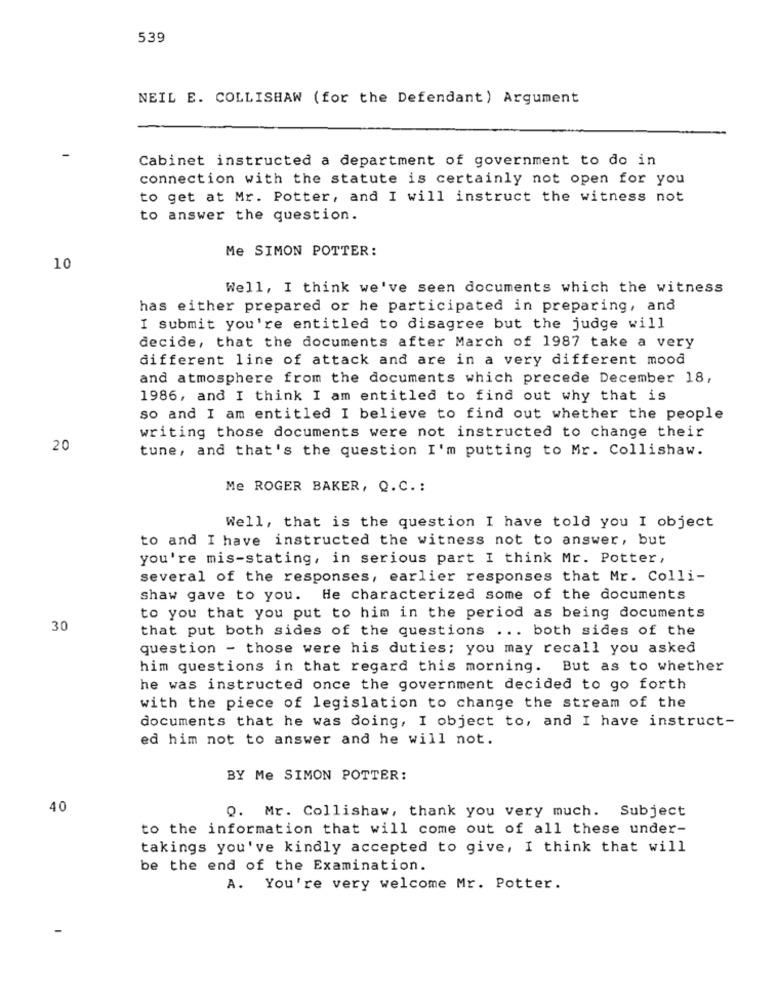
539
NEIL E. COLLISHAW (for the Defendant) Argument
Cabinet instructed a department of government to do in
connection with the statute is certainly not open for you
to get at Mr. Potter, and I will instruct the witness not
to answer the question.
Me SIMON POTTER:
10
Well, I think we've seen documents which the witness
has either prepared or he participated in preparing, and
I submit you're entitled to disagree but the judge will
decide, that the documents after March of 1987 take a very
different line of attack and are in a very different mood
and atmosphere from the documents which precede December 18,
1986, and I think I am entitled to find out why that is
so and I am entitled I believe to find out whether the people
writing those documents were not instructed to change their
20
tune, and that's the question I'm putting to Mr. Collishaw.
Me ROGER BAKER, Q.C .:
Well, that is the question I have told you I object
to and I have instructed the witness not to answer, but
you're mis-stating, in serious part I think Mr. Potter,
several of the responses, earlier responses that Mr. Colli-
shaw gave to you. He characterized some of the documents
to you that you put to him in the period as being documents
30
that put both sides of the questions ... both sides of the
question - those were his duties; you may recall you asked
him questions in that regard this morning. But as to whether
he was instructed once the government decided to go forth
with the piece of legislation to change the stream of the
documents that he was doing, I object to, and I have instruct-
ed him not to answer and he will not.
BY Me SIMON POTTER:
40
Q. Mr. Collishaw, thank you very much. Subject
to the information that will come out of all these under-
takings you've kindly accepted to give, I think that will
be the end of the Examination.
A. You're very welcome Mr. Potter.
-